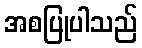
အစပြုပါသည်